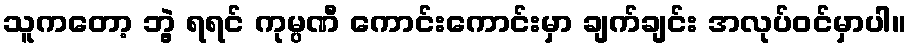
သူကတော့ ဘွဲ့ ရရင် ကုမ္ပဏီ ကောင်းကောင်းမှာ ချက်ချင်း အလုပ်ဝင်မှာပါ။